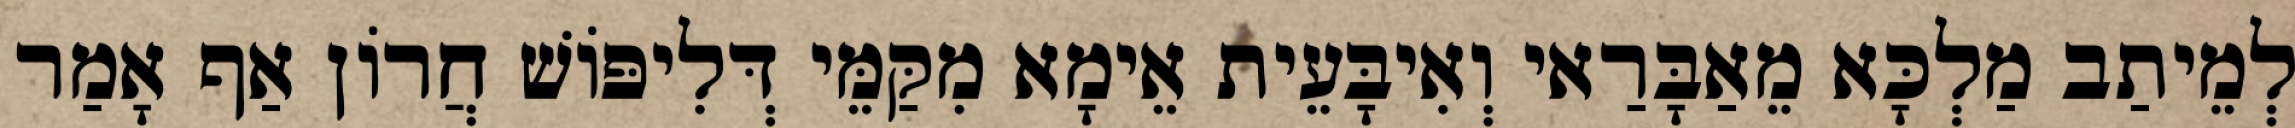
לְמֵיתַב מַלְכָּא מֵאַבָּרַאי וְאִיבָּעֵית אֵימָא מִקַּמֵּי דְּלִיפּוֹשׁ חֲרוֹן אַף אָמַר